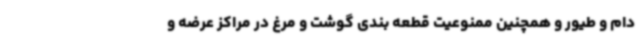
دام و طیور و همچنین ممنوعیت قطعه بندی گوشت و مرغ در مراکز عرضه و